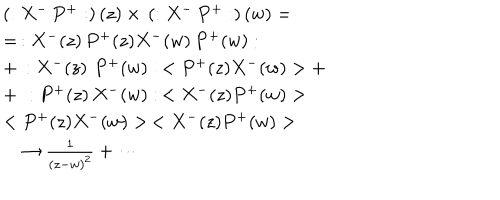
\begin{array} { l } { { \left( : X ^ { - } \, P ^ { + } : \right) ( z ) \times \, \left( : X ^ { - } \, P ^ { + } : \right) ( w ) = } } \\ { { = \, : X ^ { - } ( z ) \, P ^ { + } ( z ) X ^ { - } ( w ) \, P ^ { + } ( w ) : } } \\ { { + \, : X ^ { - } ( z ) \, \, P ^ { + } ( w ) : \, < P ^ { + } ( z ) X ^ { - } ( w ) > + } } \\ { { + \, \, : P ^ { + } ( z ) \, X ^ { - } ( w ) : \, < X ^ { - } ( z ) P ^ { + } ( w ) > } } \\ { { < P ^ { + } ( z ) X ^ { - } ( w ) > \, < X ^ { - } ( z ) P ^ { + } ( w ) > } } \\ { { \quad \rightarrow \frac 1 { \left( z - w \right) ^ { 2 } } + \cdots } } \\ \end{array}